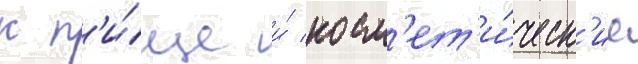
к п'и́ще и́ косм'ет'и́ческ'ие